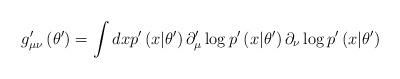
LaTeX: \begin{align*}g_{\mu\nu}^{\prime}\left( \theta^{\prime}\right) =\int dxp^{\prime}\left(x|\theta^{\prime}\right) \partial_{\mu}^{\prime}\log p^{\prime}\left(x|\theta^{\prime}\right) \partial_{\nu}\log p^{\prime}\left( x|\theta^{\prime}\right) \end{align*}